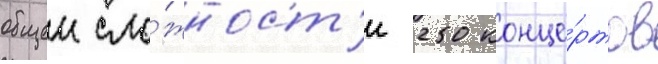
общеи сло́жност'и 250 конце́ртов